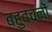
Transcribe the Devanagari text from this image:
बहुवचनों